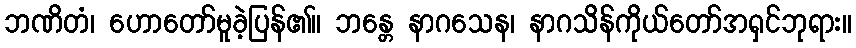
ဘဏိတံ၊ ဟောတော်မူခဲ့ပြန်၏။ ဘန္တေ နာဂသေန၊ နာဂသိန်ကိုယ်တော်အရှင်ဘုရား။